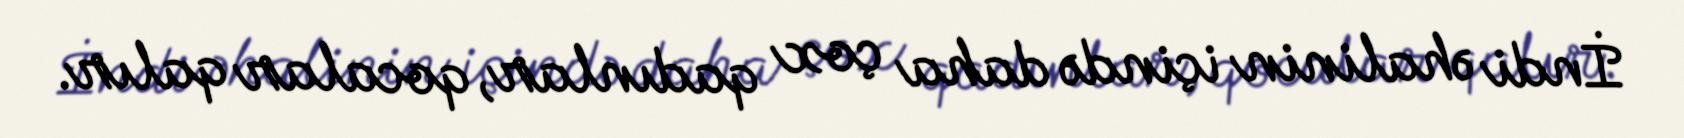
İndi əhalinin içində daha çox qadınlar, qocalar qalır.